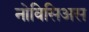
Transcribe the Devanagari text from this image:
नोविसिअस